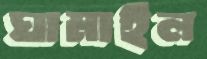
ঘামাইল